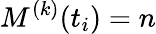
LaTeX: M^{(k)}(t_{i})=n